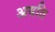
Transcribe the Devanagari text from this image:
अवति